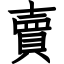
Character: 賣